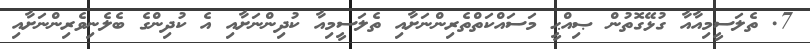
7. ތެލަސީމިއާއާ ގުޅޭގޮތުން ޞިއްޙީ މަސައްކަތްތެރިންނަށާއި ތެލަސީމިއާ ކުދިންނަށާއި އެ ކުދިންގެ ބެލެނިވެރިންނަށާއި